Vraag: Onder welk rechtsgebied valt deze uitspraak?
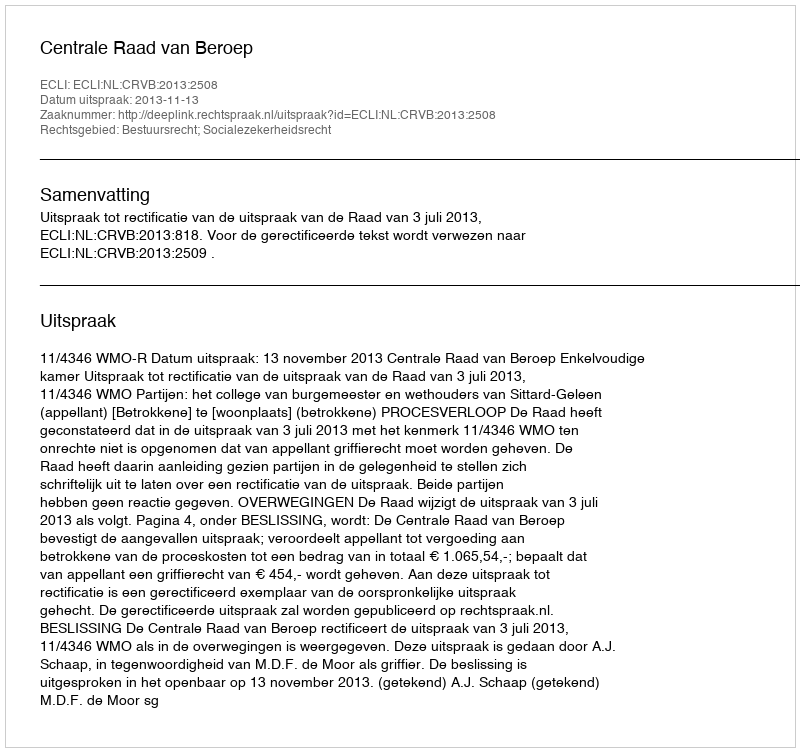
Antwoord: Bestuursrecht; Socialezekerheidsrecht